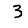
Digit: 3